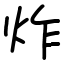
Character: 炸